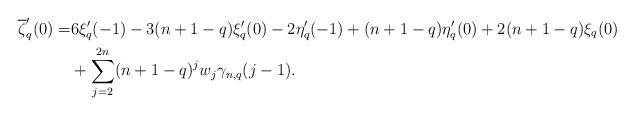
LaTeX: \begin{align*}\overline{\zeta}_q'(0)=&6 \xi'_q(-1)-3(n+1-q)\xi_q'(0)-2\eta_q'(-1)+(n+1-q)\eta'_q(0)+2(n+1-q)\xi_q(0)\\&+\sum_{j=2}^{2n} (n+1-q)^j w_j\gamma_{n,q}(j-1).\end{align*}